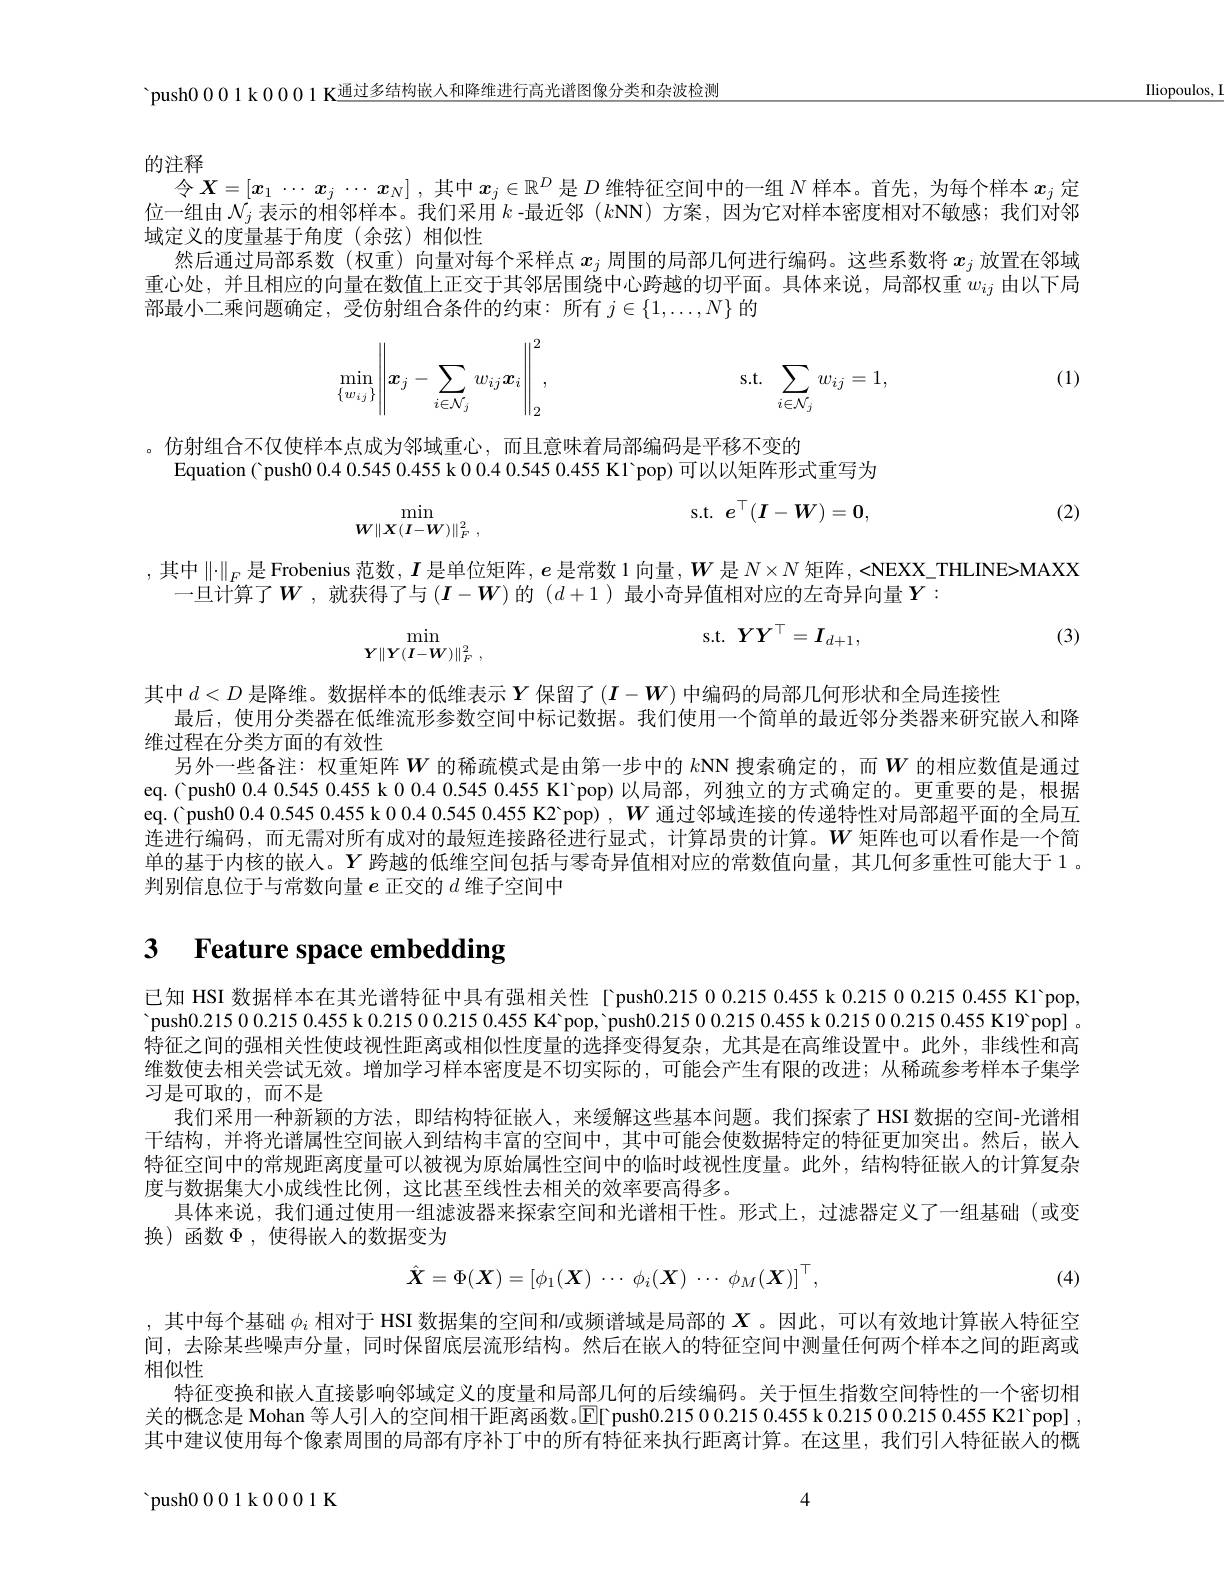
$\underline{\text{IIiopoulos,}}$

'push0001k0001K$\underline{\text{通过多结构嵌人和降维进行高光谱图像分类和杂波检测}}$

的注释

令$X=[x_1\cdots x_j\cdots x_N]$,其中$x_j\in\mathbb{R}^D$是$D$维特征空间中的一组$N$样本。首先，为每个样本$x_j$定位一组由$\mathcal{N}_j$表示的相邻样本。我们采用$k$ -最近邻$(k$NN)方案，因为它对样本密度相对不敏感；我们对邻域定义的度量基于角度(余弦)相似性
然后通过局部系数(权重)向量对每个采样点$x_j$周围的局部几何进行编码。这些系数将$x_j$放置在邻域重心处，并且相应的向量在数值上正交于其邻居围绕中心跨越的切平面。具体来说，局部权重$w_{ij}$由以下局部最小二乘问题确定，受仿射组合条件的约束：所有$j\in\{1,\ldots,N\}$的
$$\min\limits_{\{w_{ij}\}}\left\|\boldsymbol{x}_j-\sum\limits_{i\in\mathcal{N}_j}w_{ij}\boldsymbol{x}_i\right\|_2^2,\quad\mathrm{s.t.}\:\sum\limits_{i\in\mathcal{N}_j}w_{ij}=1,$$
(1)

。仿射组合不仅使样本点成为邻域重心，而且意味着局部编码是平移不变的
Equation ( push0 0.4 0.545 0.455 k 0 0.4 0.545 0.455 K1 pop) 可以以矩阵形式重写为
$$\min_{\boldsymbol{W}\|\boldsymbol{X}(\boldsymbol{I}-\boldsymbol{W})\|_F^2\:,}\quad\mathrm{s.t.}\:\boldsymbol{e}^\top(\boldsymbol{I}-\boldsymbol{W})=\boldsymbol{0},$$
(2)

,其中$\|\cdot\|_F$是 Frobenius 范数，$\boldsymbol I$ 是单位矩阵$,\boldsymbol e$ 是常数 1 向量$,\boldsymbol W$ 是 $N\times N$ 矩阵，<NEXX\_THLINE>MAXX
一旦计算了$W$ ,就获得了与 $(\boldsymbol{I}-\boldsymbol{W})$ 的 $(d+1$ )最小奇异值相对应的左奇异向量$Y:$
$$\min_{\boldsymbol{Y}\|\boldsymbol{Y}(\boldsymbol{I}-\boldsymbol{W})\|_{F}^{2}\:,}\quad\mathrm{s.t.}\:\boldsymbol{Y}\boldsymbol{Y}^{\top}=\boldsymbol{I}_{d+1},$$
(3)

其中$d<D$是降维。数据样本的低维表示$Y$保留了$(I-W)$中编码的局部几何形状和全局连接性
最后，便用分类器在低维流形参数空间中标记数据。我们使用一个简单的最近邻分类器来姗究嵌人和降
维过程在分类方面的有效性
另外一些备注：权重矩阵$W$ 的稀疏模式是由第一步中的 $k$NN 搜索确定的，而$W$ 的相应数值是通过eq.( Ppush0.0.4 0.545 0.455 k 0.0.4 0.545 0.455 K1'pop)以局部，列独立的方式确定的。更重要的是，根据eq.( push0 0.4 0.545 0.455 k 0.0.4 0.545 0.455 K2'pop) , $W$通过邻域连接的传递特性对局部超平面的全局互连进行编码，而无需对所有成对的最短连接路径进行显式，计算昂贵的计算。$W$矩阵也可以看作是一个简单的基于内核的嵌人。$Y$跨越的低维空间包括与零奇异值相对应的常数值向量，其几何多重性可能大于1。判别信息位于与常数向量$e$正交的$d$维子空间中

# 3 Feature space embedding

已知 HSI 数据样本在其光谱特征中具有强相关性 「push0.21500.0.2150.455 k 0.215 0 0.215 0.455 K1'pop, push0. 215 0 0. 215 0. 455 k 0. 215 0 0. 215 0 0. 215 0. 455 K4 pop, $\` {p}$ush0. 215 0 0. 215 0. 455 k 0. 215 0 0. 215 0. 455 K19 popl 特征之间的强相关性使歧视性距离或相似性度量的选择变得复杂，尤其是在高维设置中。此外，非线性和高维数使去相关尝试无效。增加学习样本密度是不切实际的，可能会产生有限的改进；从稀疏参考样本子集学习是可取的，而不是
我们采用一种新颖的方法，即结构特征嵌人，来缓解这些基本问题。我们探索了 HSI 数据的空间-光谱相干结构，并将光谱属性空间嵌人到结构丰富的空间中，其中可能会使数据特定的特征更加突出。然后，嵌入特征空间中的常规距离度量可以被视为原始属性空间中的临时歧视性度量。此外，结构特征嵌人的计算复杂度与数据集大小成线性比例，这比甚至线性去相关的效率要高得多。
具体来说，我们通过使用一组滤波器来探索空间和光谱相干性。形式上，过滤器定义了一组基础(或变
换)函数$\Phi$,使得嵌入的数据变为
$$\hat{\boldsymbol{X}}=\Phi(\boldsymbol{X})=\left[\phi_1(\boldsymbol{X})\:\cdots\:\phi_i(\boldsymbol{X})\:\cdots\:\phi_M(\boldsymbol{X})\right]^\top,$$
(4)

,其中每个基础 $\phi_i$ 相对于 HSI 数据集的空间和$\iota$或频谱域是局部的 $X$ 。因此，可以有效地计算嵌人特征空间，去除某些噪声分量，同时保留底层流形结构。然后在嵌人的特征空间中测量任何两个样本之间的距离或相似性
特征变换和嵌人直接影响邻域定义的度量和局部几何的后续编码。关于恒生指数空间特性的一个密切相关的概念是 Mohan 等人引人的空间相干距离函数。$\overline{\mathbb{E}}[$「push0.2150.02150.455 k 0.2150.02150.455 K21'pop] , 其中建议使用每个像素周围的局部有序补丁中的所有特征来执行距离计算。在这里，我们引人特征嵌入的概

${\mathrm{~push0~0~0~1~k~0~0~1~K}}$

4